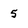
Character: 5